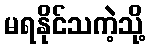
မရနိုင်သကဲ့သို့